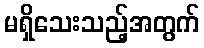
မရှိသေးသည့်အတွက်